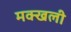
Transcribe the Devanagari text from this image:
मक्खली